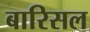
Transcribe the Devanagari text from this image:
बारिसल